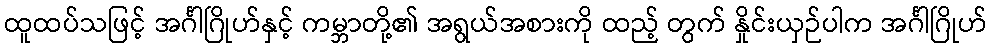
ထူထပ်သဖြင့် အင်္ဂါဂြိုဟ်နှင့် ကမ္ဘာတို့၏ အရွယ်အစားကို ထည့် တွက် နှိုင်းယှဉ်ပါက အင်္ဂါဂြိုဟ်